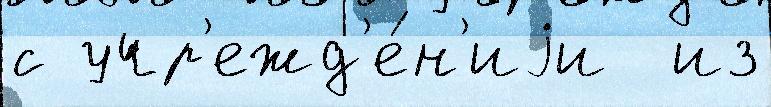
с учр'ежд'е́н'иjи  из